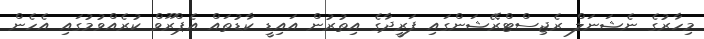
މިހާރުގެ ނެޝަނަލް ރެޖިސްޓްރޭޝަންގައި ފަރީދާގެ އިތުރުން އައިޑީ ކާޑުތައް އެޕްރޫވް ކުރެއްވުމުގައި އެހެން